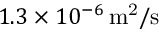
1 . 3 \times 1 0 ^ { - 6 } \, \mathrm { m ^ { 2 } / s }